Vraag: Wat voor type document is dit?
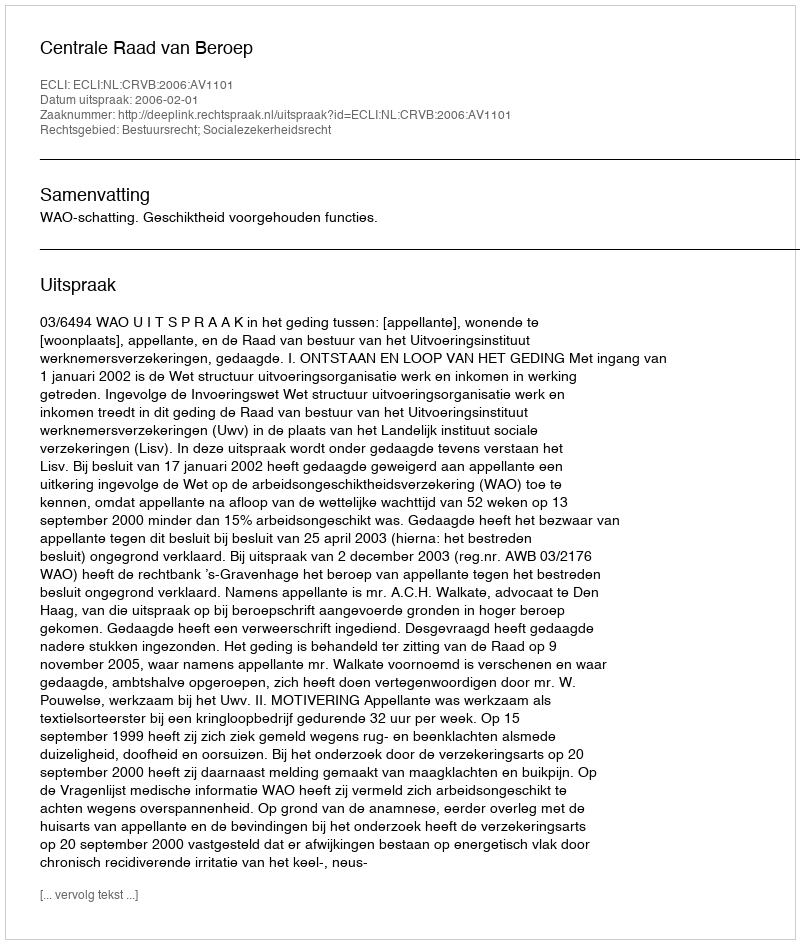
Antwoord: Uitspraak